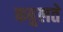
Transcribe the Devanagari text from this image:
कबुलते